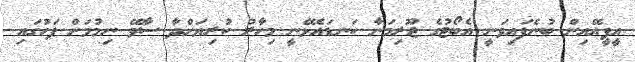
އީޕީއޭއިން ބުނެފައިވަނީ އެބޯޓުގެ ޖޫރިމަނާ ކަނޑައެޅޭނީ މިހާރު ކުރިޔަށްދާ ސާވޭ ނިމުމަށް ފަހުގައި